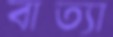
বাত্যা